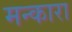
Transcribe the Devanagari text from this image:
मन्कारा